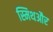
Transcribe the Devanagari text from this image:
स्मिथऔर